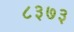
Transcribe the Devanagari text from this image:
८३७३